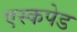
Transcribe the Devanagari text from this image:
एस्कपेड